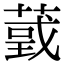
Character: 𦸴